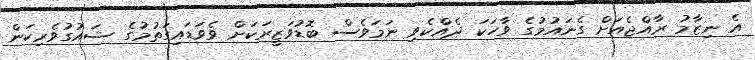
އެ ނިޒާމު ރާއްޖެއަށް ގެނައުމުގެ ވާހަކަ ދެއްކެވި ނަމަވެސް ބޮޑުވަޒީރަކަށް ވެވަޑައިގަތުމުގެ ޝައުގުވެރިކަން